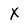
Character: X